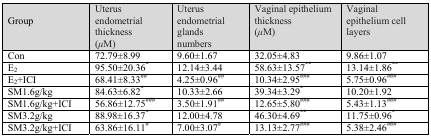
<table><thead><tr><td><b>Group</b></td><td><b>Uterus endometrial thickness (<i>μ</i>M)</b></td><td><b>Uterus endometrial glands numbers</b></td><td><b>Vaginal epithelium thickness (<i>μ</i>M)</b></td><td><b>Vaginal epithelium cell layers</b></td></tr></thead><tbody><tr><td>Con</td><td>72.79±8.99</td><td>9.60±1.67</td><td>32.05±4.83</td><td>9.86±1.07</td></tr><tr><td>E<sub>2</sub></td><td>95.50±20.36*</td><td>12.14±3.44</td><td>58.63±13.57**</td><td>13.14±1.86**</td></tr><tr><td>E<sub>2</sub>+ICI</td><td>68.41±8.33<sup>##</sup></td><td>4.25±0.96<sup>##</sup></td><td>10.34±2.95<sup>###</sup></td><td>5.75±0.96<sup>###</sup></td></tr><tr><td>SM1.6g/kg</td><td>84.63±6.82*</td><td>10.33±2.66</td><td>39.34±3.29*</td><td>10.20±1.92</td></tr><tr><td>SM1.6g/kg+ICI</td><td>56.86±12.75<sup>###</sup></td><td>3.50±1.91<sup>##</sup></td><td>12.65±5.80<sup>###</sup></td><td>5.43±1.13<sup>###</sup></td></tr><tr><td>SM3.2g/kg</td><td>88.98±16.37*</td><td>12.00±4.78</td><td>46.30±4.69**</td><td>11.75±0.96*</td></tr><tr><td>SM3.2g/kg+ICI</td><td>63.86±16.11<sup>#</sup></td><td>7.00±3.07<sup>#</sup></td><td>13.13±2.77<sup>###</sup></td><td>5.38±2.46<sup>###</sup></td></tr></tbody></table>